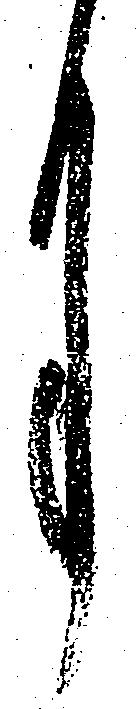
月